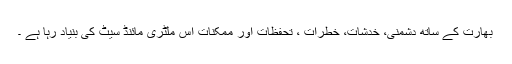
بھارت کے ساتھ دشمنی، خدشات، خطرات ، تحفظات اور ممکنات اس ملٹری مائنڈ سیٹ کی بنیاد رہا ہے ۔